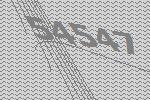
54547